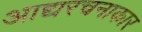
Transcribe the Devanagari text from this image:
आद्यरचनाकार